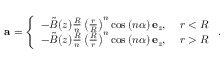
\mathbf { a } = \left\{ \begin{array} { l l } { - \tilde { B } ( z ) \frac { R } { n } \left( \frac { r } { R } \right) ^ { n } \cos \left( n \alpha \right) \mathbf { e } _ { z } , } & { \ r < R } \\ { - \tilde { B } ( z ) \frac { R } { n } \left( \frac { R } { r } \right) ^ { n } \cos \left( n \alpha \right) \mathbf { e } _ { z } , } & { \ r > R } \end{array} \right. .